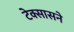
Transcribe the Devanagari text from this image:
टेक्सासने